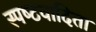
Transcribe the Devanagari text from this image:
स्‍पष्‍टवादिता